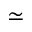
\simeq